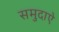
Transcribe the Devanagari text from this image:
समुदाऐ